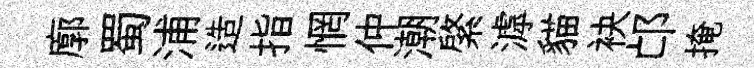
廓蜀浦造指惘仲潮綮滹貓袂邙掩